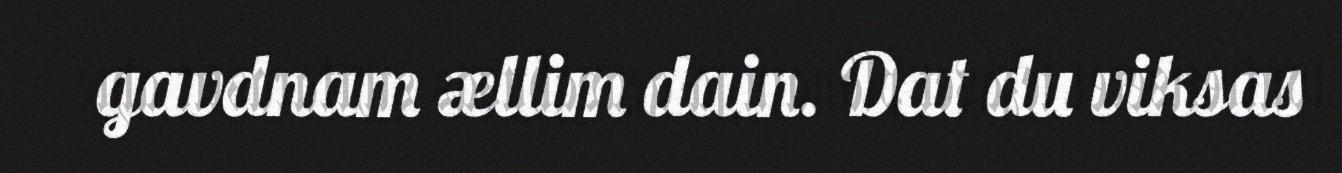
gavdnam ællim dain. Dat du viksas